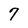
Character: 7